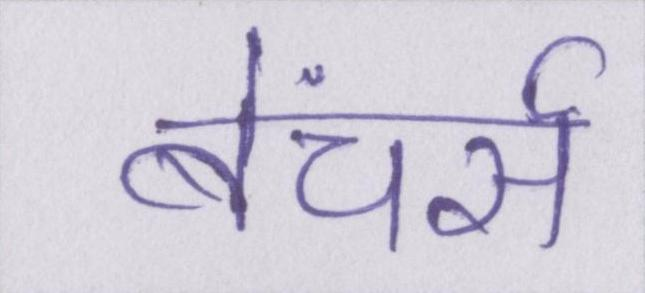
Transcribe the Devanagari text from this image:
बेंचर्स